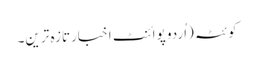
کوئٹہ (اُردو پوائنٹ اخبارتازہ ترین۔